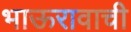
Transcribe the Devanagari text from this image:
भाऊरावाची